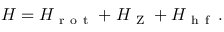
H = H _ { \mathrm { ~ r ~ o ~ t ~ } } + H _ { \mathrm { ~ Z ~ } } + H _ { \mathrm { ~ h ~ f ~ } } \, .